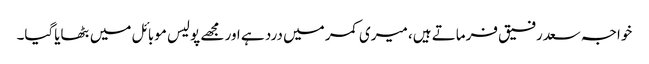
خواجہ سعدرفیق فرماتے ہیں، میری کمر میں درد ہے اور مجھے پولیس موبائل میں بٹھایاگیا۔